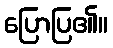
ပြောပြ၏။